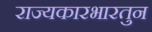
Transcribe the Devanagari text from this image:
राज्यकारभारतुन